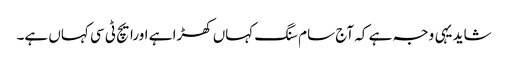
شاید یہی وجہ ہے کہ آج سام سنگ کہاں کھڑا ہے اورایچ ٹی سی کہاں ہے۔